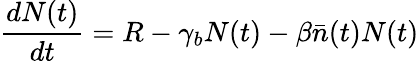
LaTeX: \frac{dN(t)}{dt}=R-\gamma_{b}N(t)-\beta\bar{n}(t)N(t)